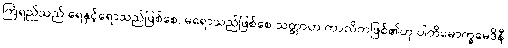
ကြံရည်သည် ရေနှင့်ရောသည်ဖြစ်စေ, မရောသည်ဖြစ်စေ သတ္တာဟ ကာလိကဖြစ်၏ဟု ပါတိမောက္ခမေဒိနီ